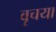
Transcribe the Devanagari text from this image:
वृचया